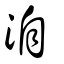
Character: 洎